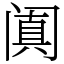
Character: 阗